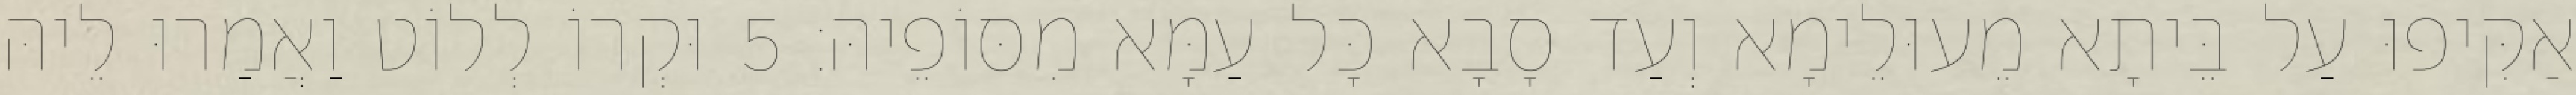
אַקִּיפוּ עַל בֵּיתָא מֵעוּלֵימָא וְעַד סָבָא כָּל עַמָּא מִסּוֹפֵיהּ׃ 5 וּקְרוֹ לְלוֹט וַאֲמַרוּ לֵיהּ